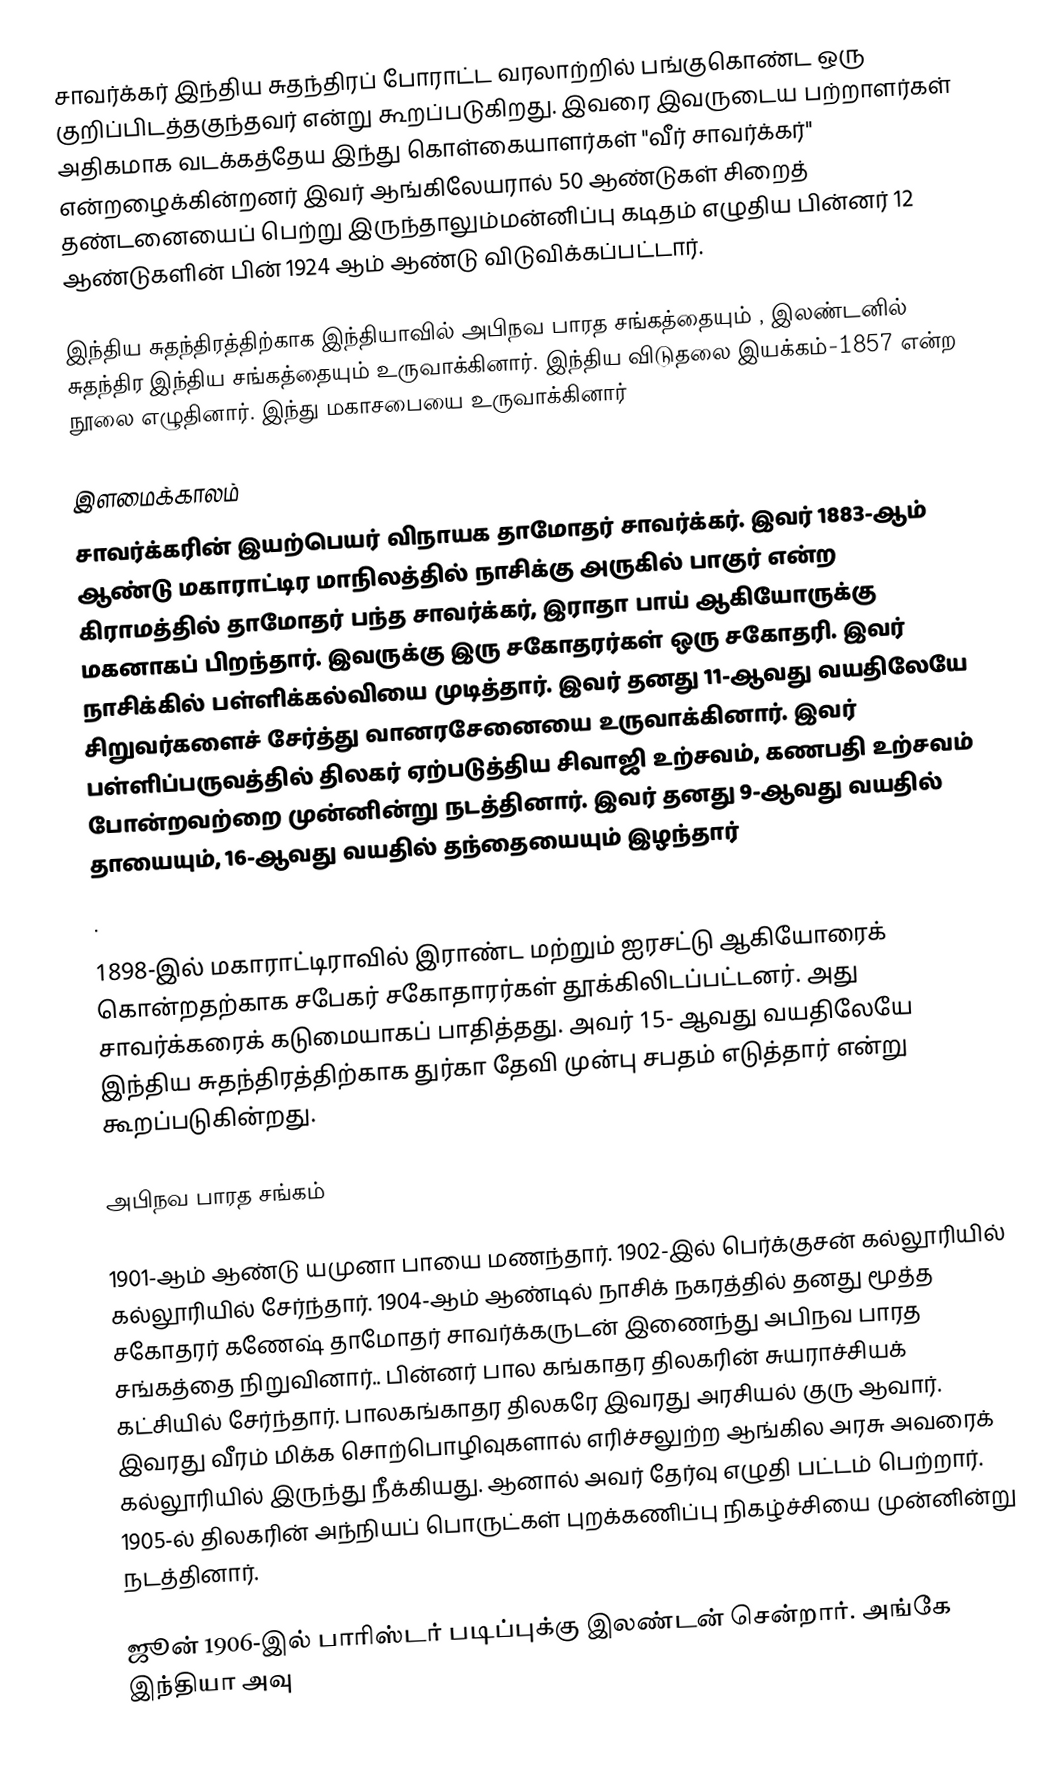
சாவர்க்கர் இந்திய சுதந்திரப் போராட்ட வரலாற்றில் பங்குகொண்ட ஒரு குறிப்பிடத்தகுந்தவர் என்று கூறப்படுகிறது. இவரை இவருடைய பற்றாளர்கள் அதிகமாக வடக்கத்தேய இந்து கொள்கையாளர்கள் "வீர் சாவர்க்கர்" என்றழைக்கின்றனர் இவர் ஆங்கிலேயரால் 50 ஆண்டுகள் சிறைத் தண்டனையைப் பெற்று இருந்தாலும்மன்னிப்பு கடிதம் எழுதிய பின்னர் 12 ஆண்டுகளின் பின் 1924 ஆம் ஆண்டு விடுவிக்கப்பட்டார்.

இந்திய சுதந்திரத்திற்காக இந்தியாவில் அபிநவ பாரத சங்கத்தையும் , இலண்டனில் சுதந்திர இந்திய சங்கத்தையும் உருவாக்கினார். இந்திய விடுதலை இயக்கம்-1857 என்ற நூலை எழுதினார். இந்து மகாசபையை உருவாக்கினார்

இளமைக்காலம்
சாவர்க்கரின் இயற்பெயர் விநாயக தாமோதர் சாவர்க்கர். இவர் 1883-ஆம் ஆண்டு மகாராட்டிர மாநிலத்தில் நாசிக்கு அருகில் பாகுர் என்ற கிராமத்தில் தாமோதர் பந்த சாவர்க்கர், இராதா பாய் ஆகியோருக்கு மகனாகப் பிறந்தார். இவருக்கு இரு சகோதரர்கள் ஒரு சகோதரி. இவர் நாசிக்கில் பள்ளிக்கல்வியை முடித்தார். இவர் தனது 11-ஆவது வயதிலேயே சிறுவர்களைச் சேர்த்து வானரசேனையை உருவாக்கினார். இவர் பள்ளிப்பருவத்தில் திலகர் ஏற்படுத்திய சிவாஜி உற்சவம், கணபதி உற்சவம் போன்றவற்றை முன்னின்று நடத்தினார். இவர் தனது 9-ஆவது வயதில் தாயையும், 16-ஆவது வயதில் தந்தையையும் இழந்தார்
.

1898-இல் மகாராட்டிராவில் இராண்ட மற்றும் ஐரசட்டு ஆகியோரைக் கொன்றதற்காக சபேகர் சகோதாரர்கள் தூக்கிலிடப்பட்டனர். அது சாவர்க்கரைக் கடுமையாகப் பாதித்தது.  அவர் 15- ஆவது வயதிலேயே இந்திய சுதந்திரத்திற்காக துர்கா தேவி முன்பு சபதம் எடுத்தார் என்று கூறப்படுகின்றது.

அபிநவ பாரத சங்கம்

1901-ஆம் ஆண்டு யமுனா பாயை மணந்தார். 1902-இல் பெர்க்குசன் கல்லூரியில் கல்லூரியில் சேர்ந்தார். 1904-ஆம் ஆண்டில் நாசிக் நகரத்தில் தனது மூத்த சகோதரர் கணேஷ் தாமோதர் சாவர்க்கருடன்  இணைந்து அபிநவ பாரத சங்கத்தை நிறுவினார்.. பின்னர் பால கங்காதர திலகரின் சுயராச்சியக் கட்சியில் சேர்ந்தார். பாலகங்காதர திலகரே இவரது அரசியல் குரு ஆவார். இவரது வீரம் மிக்க சொற்பொழிவுகளால் எரிச்சலுற்ற ஆங்கில அரசு அவரைக் கல்லூரியில் இருந்து நீக்கியது. ஆனால் அவர் தேர்வு எழுதி பட்டம் பெற்றார். 1905-ல் திலகரின் அந்நியப் பொருட்கள் புறக்கணிப்பு நிகழ்ச்சியை முன்னின்று நடத்தினார்.

ஜூன் 1906-இல் பாரிஸ்டர் படிப்புக்கு இலண்டன் சென்றார். அங்கே இந்தியா அவு